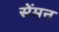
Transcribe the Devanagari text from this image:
सेंमन